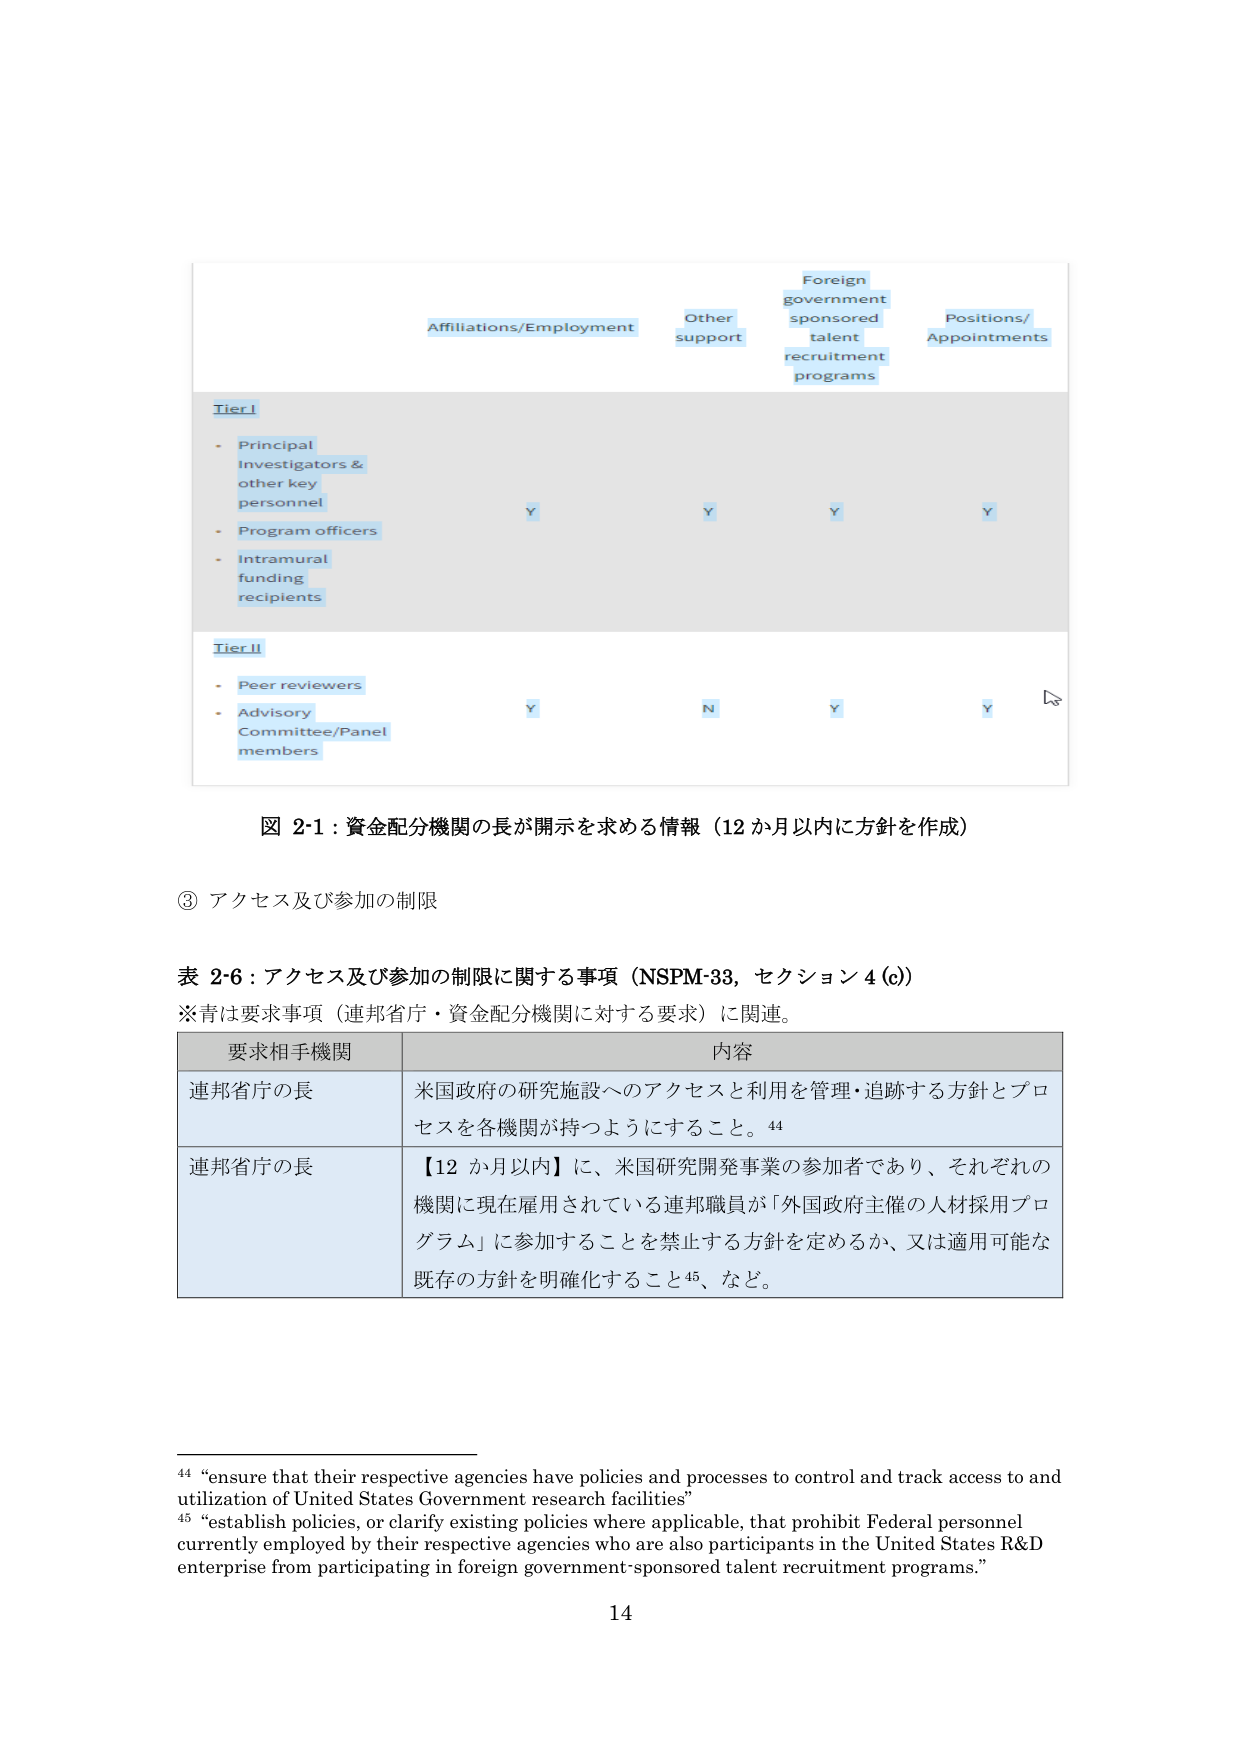
図 2-1：資金配分機関の長が開示を求める情報（12 か月以内に方針を作成）

③ アクセス及び参加の制限

表 2-6：アクセス及び参加の制限に関する事項（NSPM-33，セクション 4(c)）
※青は要求事項（連邦省庁・資金配分機関に対する要求）に関連。

要求相手機関 内容
連邦省庁の長 米国政府の研究施設へのアクセスと利用を管理・追跡する方針とプロセスを各機関が持つようにすること。44
連邦省庁の長 【12 か月以内】に、米国研究開発事業の参加者であり、それぞれの機関に現在雇用されている連邦職員が「外国政府主催の人材採用プログラム」に参加することを禁止する方針を定めるか、又は適用可能な既存の方針を明確化すること45、など。

44 “ensure that their respective agencies have policies and processes to control and track access to and utilization of United States Government research facilities”
45 “establish policies, or clarify existing policies where applicable, that prohibit Federal personnel currently employed by their respective agencies who are also participants in the United States R&D enterprise from participating in foreign government-sponsored talent recruitment programs.”

14

Affiliations/Employment Other support Foreign government sponsored talent recruitment programs Positions/Appointments
Tier I
- Principal investigators & other key personnel Y Y Y Y
- Program officers
- Intramural funding recipients
Tier II
- Peer reviewers Y N Y Y
- Advisory Committee/Panel members